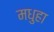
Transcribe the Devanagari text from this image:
मधुहा